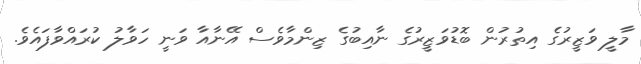
މާލީ ވަޒީރުގެ އިތުރުން ބޮޑުވަޒީރުގެ ނާއިބުގެ ޒިންމާވެސް އޭނާއާ ވަނީ ހަވާލު ކުރައްވާފައެވެ.